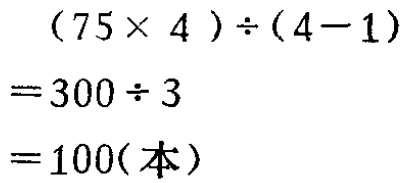
\[

\begin{align*}

&(75\times4)\div(4 - 1)\\

=&300\div3\\

=&100(\text{本})

\end{align*}

\]